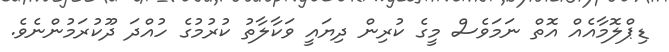
ޑިޕްލޮމާއެއް އޮތް ނަމަވެސް މީގެ ކުރިން ދިޔައީ ވަކާލާތު ކުރުމުގެ ހުއްދަ ދޫކުރަމުންނެވެ.